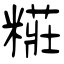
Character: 糚